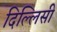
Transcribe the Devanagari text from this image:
दिल्लिसी